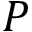
P